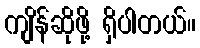
ကျိန်ဆိုဖို့ ရှိပါတယ်။